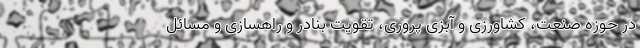
در حوزه صنعت، کشاورزی و آبزی پروری، تقویت بنادر و راهسازی و مسائل